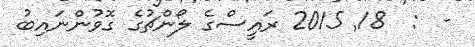
-  :  18